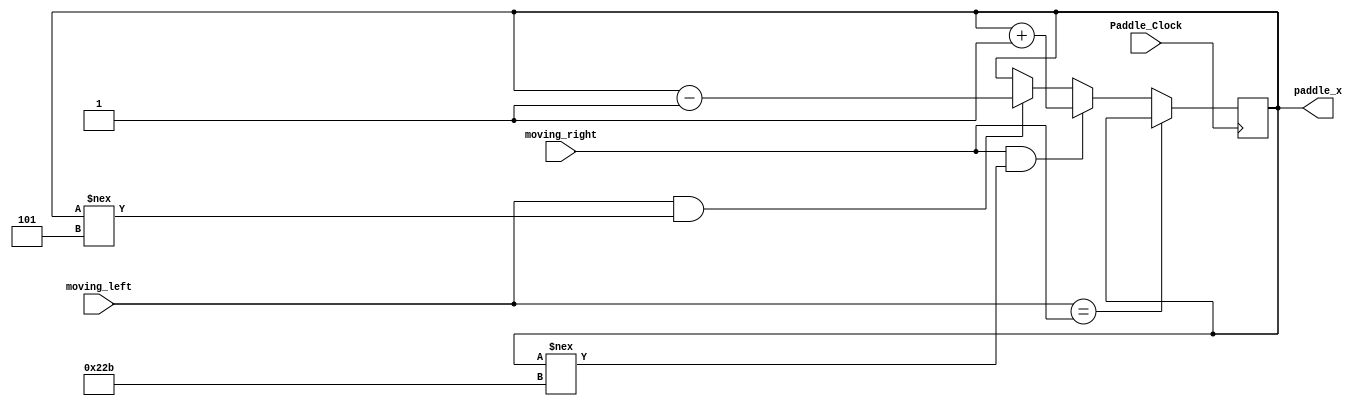
module Paddle_Movement(
	input Paddle_Clock,
	input moving_right,
	input moving_left,
	output reg [9:0] paddle_x 
);

	initial begin
		paddle_x <= 280; //paddle starts in the middle of screen on initial start
	end
	
	always @(posedge Paddle_Clock) begin
		if(moving_left == moving_right) //both or neither buttons pressed at same time
			paddle_x <= paddle_x; //paddle doesn't move
		else if(moving_right && paddle_x !== 555) begin //when button[1] is pressed and location of paddle isn't all the way right
			paddle_x <= paddle_x + 1; //paddle moves right
		end
		else if(moving_left && paddle_x !== 5) begin //when button[2] is pressed and location of paddle isn't all the way left
			paddle_x <= paddle_x - 1; //paddle moves left
		end
		
	end

endmodule
module Paddle_Movement_tb();
	reg Paddle_Clock = 0;
	reg moving_right;
	reg moving_left;
	wire [9:0] paddle_x;
	
	Paddle_Movement test_paddle (.Paddle_Clock,.moving_right,.moving_left,.paddle_x);
	
	initial begin
		
		moving_left <= 0; moving_right <= 0;
		#300 moving_left = 1; moving_right = 0;
		#300 moving_left = 0; moving_right = 1;
		#300 moving_left = 1; moving_right = 1;
	end
	
	initial begin
		forever #1 Paddle_Clock <= ~Paddle_Clock;
	end
	
endmodule